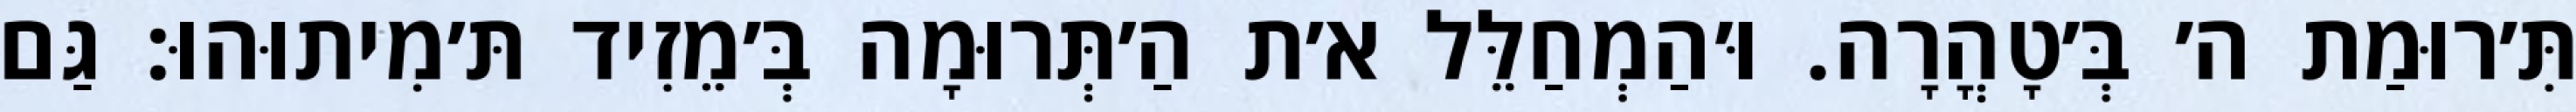
תִּ׳רוּמַת ה׳ בְּ׳טָהֳרָה. וּ׳הַמְחַלֵּל א׳ת הַ׳תְּרוּמָה בְּ׳מֵזִיד תּ׳מִיתוּהוּ: גַּם